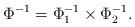
LaTeX: \begin{align*}\Phi^{-1}=\Phi_1^{-1}\times \Phi_2^{-1}.\end{align*}